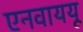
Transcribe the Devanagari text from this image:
एनवाययू